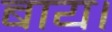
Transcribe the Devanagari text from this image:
बाय।